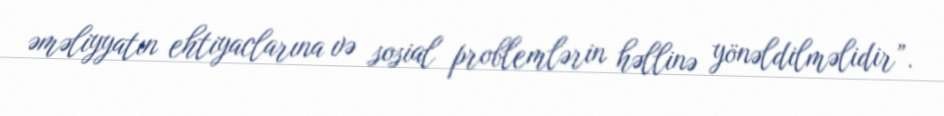
əməliyyatın ehtiyaclarına və sosial problemlərin həllinə yönəldilməlidir”.